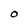
Character: O